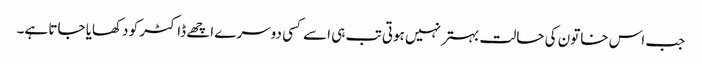
جب اس خاتون کی حالت بہتر نہیں ہوتی تب ہی اسے کسی دوسرے اچھے ڈاکٹر کو دکھایا جاتا ہے۔